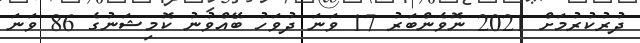
ދުރުކުރުމަށް 2021 ނޮވެންބަރު 17 ވަނަ ދުވަހު ބޭއްވުނު ކޮމިޝަނުގެ 86 ވަނަ